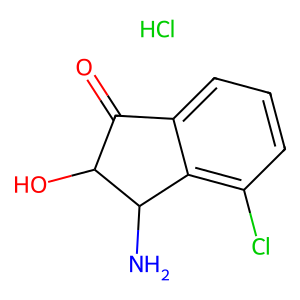
SMILES: Cl.NC1c2c(Cl)cccc2C(=O)C1O
Inhibits HIV replication: No